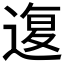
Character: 𰻇